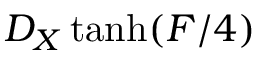
D _ { X } \operatorname { t a n h } ( F / 4 )